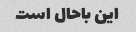
این باحال است